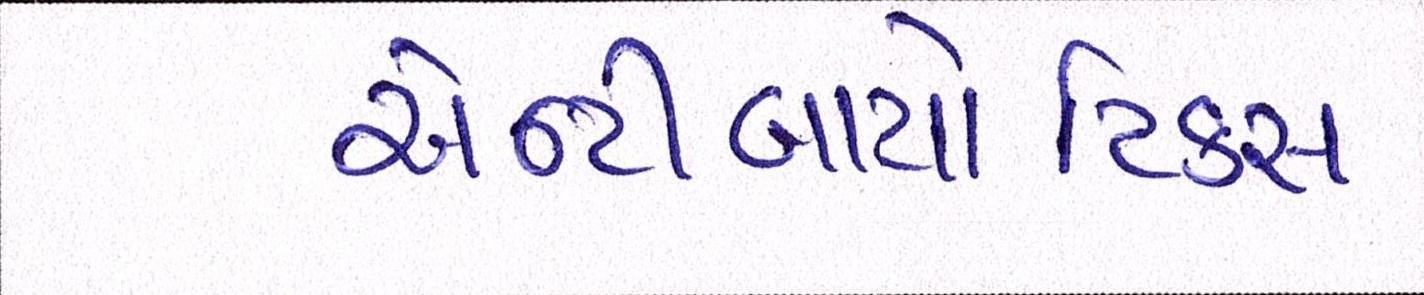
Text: એન્ટીબાયોટિકસ